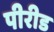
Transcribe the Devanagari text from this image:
पीरीड